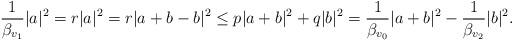
LaTeX: \begin{align*} \frac{1}{\beta_{v_1}} |a|^2 = r|a|^2 = r|a + b - b|^2\leq p|a+b|^2 + q|b|^2 = \frac{1}{\beta_{v_0}} |a + b|^2 - \frac{1}{\beta_{v_2}} |b|^2.\end{align*}